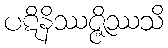
ပဋိနိဿဇ္ဇိဿသိ